Vaccination North-Western Provinces 1866-1877 - 1866-1877
Year: 1866
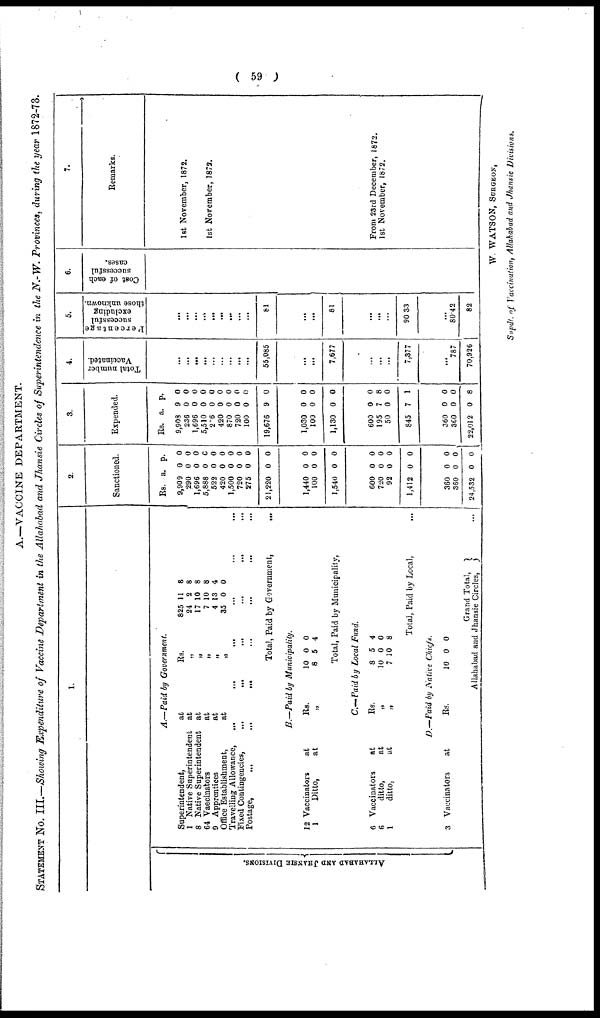
( 59 )
A.—VACCINE DEPARTMENT.
STATEMENT No. III.—Showing Expenditure of Vaccine Department in the Allahabad and Jhansie Circles of Superintendence in the N.-W. Provinces, during the year 1872-73.
1.
AL L AHAB AD AND J
HANS IE DIVISIONS.
A.—Paid by Government.
Superintendent,
at
1 Native Superintendent at
8 Native Superintendent at
64 Vaccinators
at
9 Apprentices
at
Office Establishment,
at
Rs.
„
„
„
„
„
825
24
17
7
4
35
11
2
10
10
13
0
8
8
8
8
4
0
Travelling Allowance,
...
...
...
...
...
...
Fixed Contingencies,
...
...
...
...
,.,
Postage, ... ... ... ... ... ... ...
Total, Paid by Government,
...
B.—Paid by Municipality.
12 Vaccinators
at
1
Ditto,
at
Rs.
„
10
8
0
5
0
4
Total, Paid by Municipality,
C.— Paid by Local Fund.
6 Vaccinators
at
6
ditto,
at
1
ditto,
at
Rs.
„
„
8
10
7
5
0
10
4
0
8
Total, Paid by Local,
D.—Paid by Native Chiefs.
3 Vaccinators
at
Rs.
10 0 0
Grand Total,
Allahabad and Jhansie Circles, ...
2.
Sanctioned.
Rs.
9,909
290
1,696
5,888
522
420
1,500
720
275
21,220
1,440
100
1,540
600
720
92
1,412
360
360
24,532
a.
0
0
0
0
0
0
0
0
0
0
0
0
0
0
0
0
0
0
0
0
p.
0
0
0
0
0
0
0
0
0
0
0
0
0
0
0
0
0
0
0
0
3.
Expended.
Rs.
9,908
236
1,696
5,510
236
420
870
720
100
19,676
1,030
100
1,130
600
195
50
845
360
360
22,012
a.
9
0
0
0
0
0
0
0
0
9
0
0
0
0
7
0
7
0
0
0
p.
0
0
0
0
0
0
0
0
0
0
0
0
0
0
8
0
1
0
0
8
4.
Total number
Vaccinated.
...
...
...
...
... ...
...
...
...
55,085
...
...
7,677
...
...
...
7,377
...
787
70,926
5.
Percentage
successful
excluding
those unknown.
...
...
...
...
...
...
...
...
...
81
...
...
81
...
...
...
90.33
...
80.42
82
6.
Cost of each
successful
cases.
7.
Remarks.
1st November, 1872.
1st November, 1872.
From 23rd December, 1872.
1st November, 1872.
W. WATSON, SURGEON,
Supdt. of Vaccination, Allahabad and Jhansie Divisions.